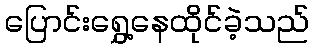
ပြောင်းရွှေ့နေထိုင်ခဲ့သည်